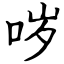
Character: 哕